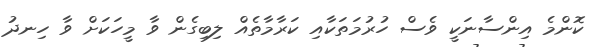
ކޮންމެ އިންސާނަކީ ވެސް ހުރުމަތަކާއި ކަރާމާތެއް ލިބިގެން ވާ މީހަކަށް ވާ ހިނދު